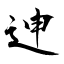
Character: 迧